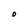
Character: 0